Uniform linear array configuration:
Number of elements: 64
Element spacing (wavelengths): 0.75
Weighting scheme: hamming
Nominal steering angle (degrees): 30
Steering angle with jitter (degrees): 29.173
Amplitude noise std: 0.05
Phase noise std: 0.05

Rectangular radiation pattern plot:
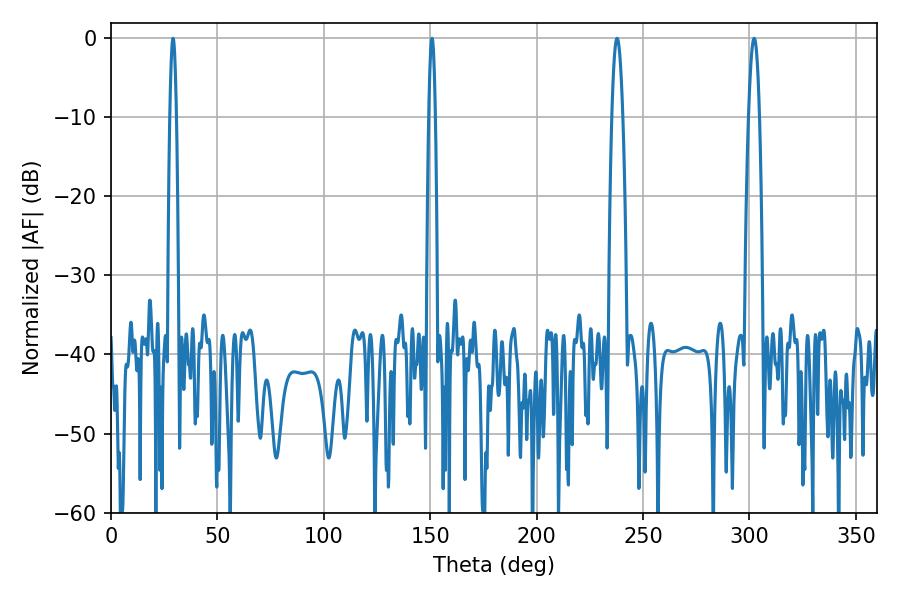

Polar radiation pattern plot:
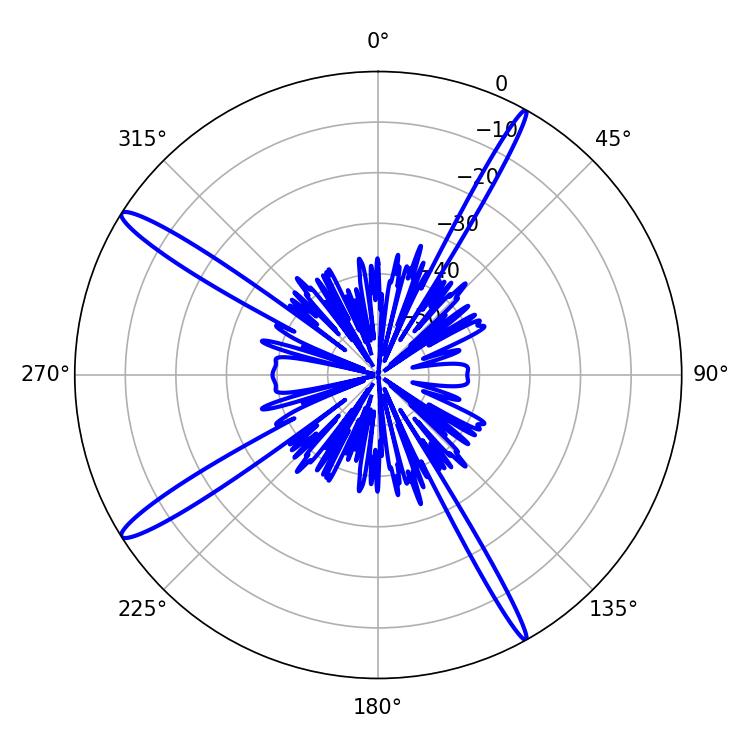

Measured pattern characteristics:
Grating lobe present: TRUE
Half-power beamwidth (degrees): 1.62
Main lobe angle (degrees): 29.16